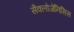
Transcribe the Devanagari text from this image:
सैक्लोजेनिसिस